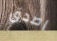
اصدق